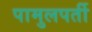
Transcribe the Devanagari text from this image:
पामुलपर्ती